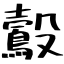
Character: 鷇